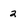
Character: 2